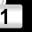
Digit: 1